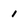
Character: 1